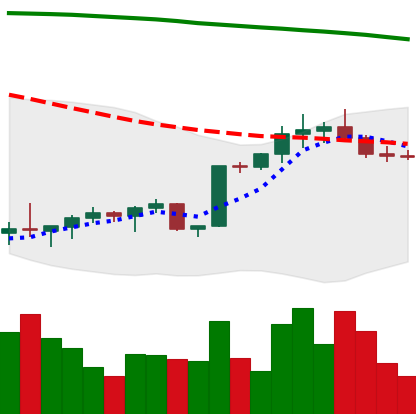
Ticker: BTC-USD
Chart end date: 2022-02-13
Forward return: -5.134%
Label: down_5_7